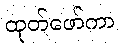
ထုတ်ဖော်ကာ